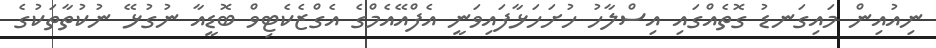
ނިއުއިން މައިގަނޑު ގޮތެއްގައި އިސްލާހު ހުށަހަޅާފައިވަނީ އެފްއޭއެމްގެ އެގްޒެކެޓިވް ބޮޑީއާ ނުގުޅޭ ނުކުތާތަކުގެ